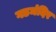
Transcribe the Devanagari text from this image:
गडमंदिर